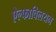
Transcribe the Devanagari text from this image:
ऐल्फाविलयन